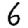
Digit: 6